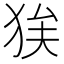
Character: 𭸉